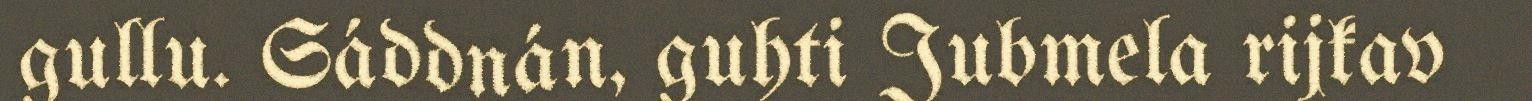
gullu. Sáddnán, guhti Jubmela rijkav